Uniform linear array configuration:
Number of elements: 32
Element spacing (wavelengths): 0.5
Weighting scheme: exponential
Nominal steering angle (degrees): -15
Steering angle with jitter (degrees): -14.942
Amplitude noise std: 0.05
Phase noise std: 0.05

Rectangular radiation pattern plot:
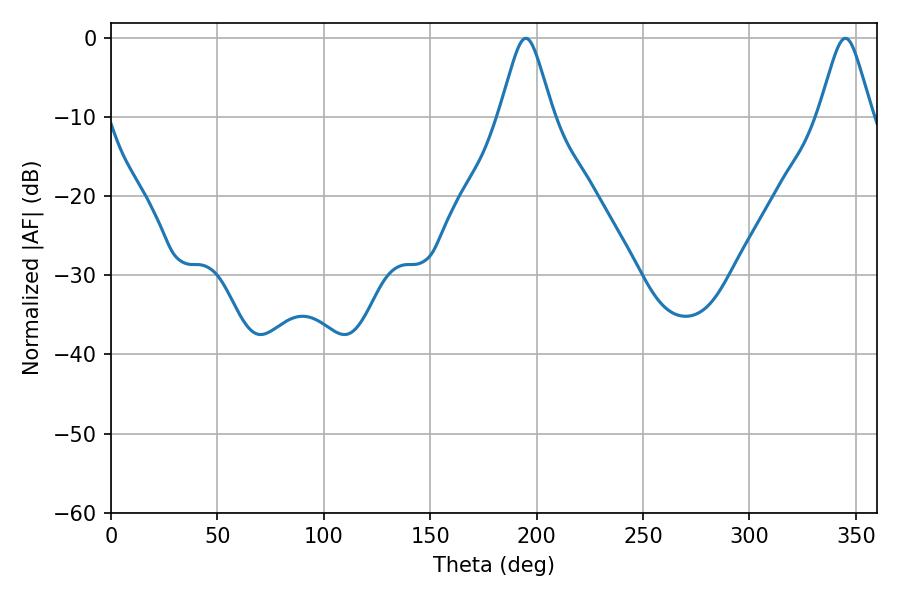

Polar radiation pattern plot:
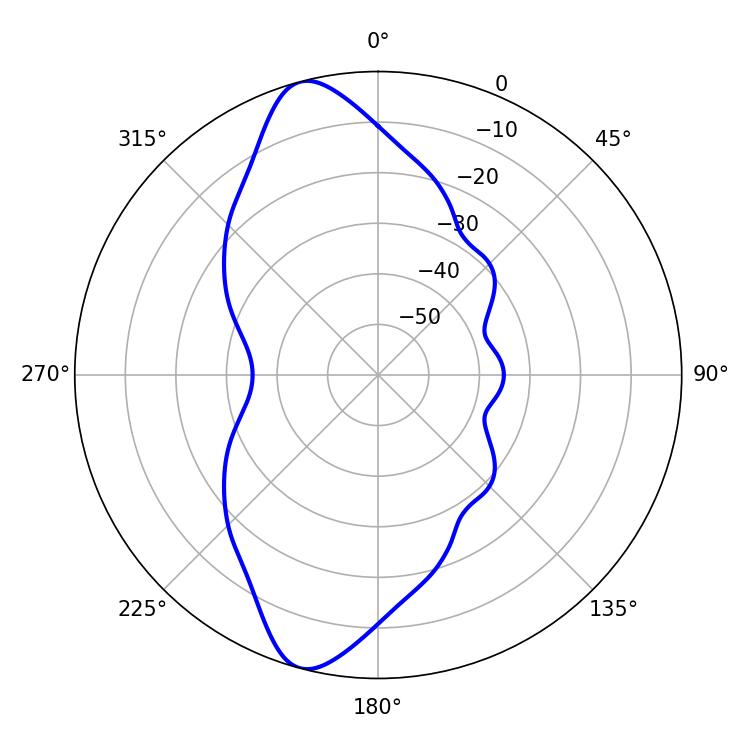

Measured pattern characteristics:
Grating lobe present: FALSE
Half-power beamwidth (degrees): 11.88
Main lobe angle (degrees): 194.94